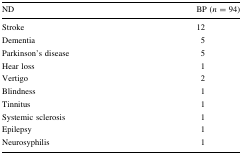
| ND | BP (n = 94) |
 | --- | --- |
 | Stroke | 12 |
 | Dementia | 5 |
 | Parkinson’s disease | 5 |
 | Hear loss | 1 |
 | Vertigo | 2 |
 | Blindness | 1 |
 | Tinnitus | 1 |
 | Systemic sclerosis | 1 |
 | Epilepsy | 1 |
 | Neurosyphilis | 1 |